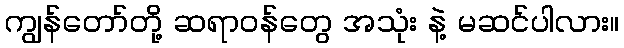
ကျွန်တော်တို့ ဆရာဝန်တွေ အသုံး နဲ့ မဆင်ပါလား။